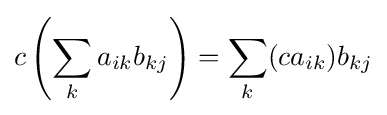
c\left(\sum _{k}a_{ik}b_{kj}\right)=\sum _{k}(ca_{ik})b_{kj}